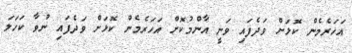
އަހަރެމެން ކޮޅަށް ވަދެފައި ވަނީ އާންމުކޮށް އަހަރެމެން ކޮޅަށް ވަދެފައި ނުވާ ކަހަލަ